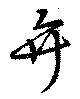
弁